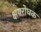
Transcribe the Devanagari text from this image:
क्षयरोधक